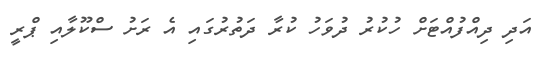
އަދި ދިއްފުއްޓަށް ހުކުރު ދުވަހު ކުރާ ދަތުރުގައި އެ ރަށު ސްކޫލާއި ޕްރީ